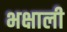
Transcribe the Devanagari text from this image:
भक्षाली